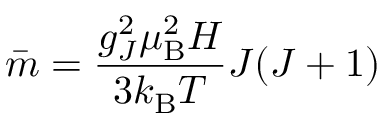
{ \bar { m } } = { \frac { g _ { J } ^ { 2 } \mu _ { \mathrm { B } } ^ { 2 } H } { 3 k _ { \mathrm { B } } T } } J ( J + 1 )